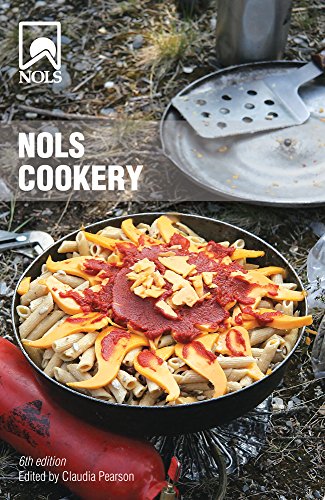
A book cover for NOLS Cookery: 6th Edition; Cookbooks, Food & Wine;